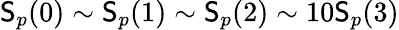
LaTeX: \mathsf{S}_{p}(0)\sim\mathsf{S}_{p}(1)\sim\mathsf{S}_{p}(2)\sim10\mathsf{S}_{p}(3)